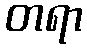
တရာ